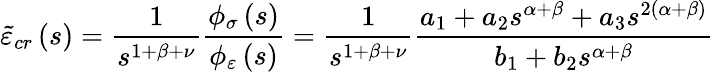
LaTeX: \tilde{\varepsilon}_{cr}\left(s\right)=\frac{1}{s^{1+\beta+\nu}}\frac{\phi_{\sigma}\left(s\right)}{\phi_{\varepsilon}\left(s\right)}=\frac{1}{s^{1+\beta+\nu}}\frac{a_{1}+a_{2}s^{\alpha+\beta}+a_{3}s^{2\left(\alpha+\beta\right)}}{b_{1}+b_{2}s^{\alpha+\beta}}